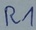
Text: R1